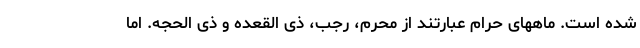
شده است. ماههای حرام عبارتند از محرم، رجب، ذی القعده و ذی الحجه. اما